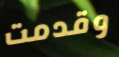
وقدمت